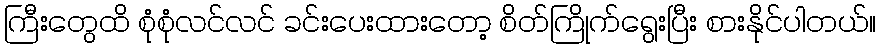
ကြီးတွေထိ စုံစုံလင်လင် ခင်းပေးထားတော့ စိတ်ကြိုက်ရွေးပြီး စားနိုင်ပါတယ်။